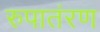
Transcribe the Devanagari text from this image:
रुपातंरण